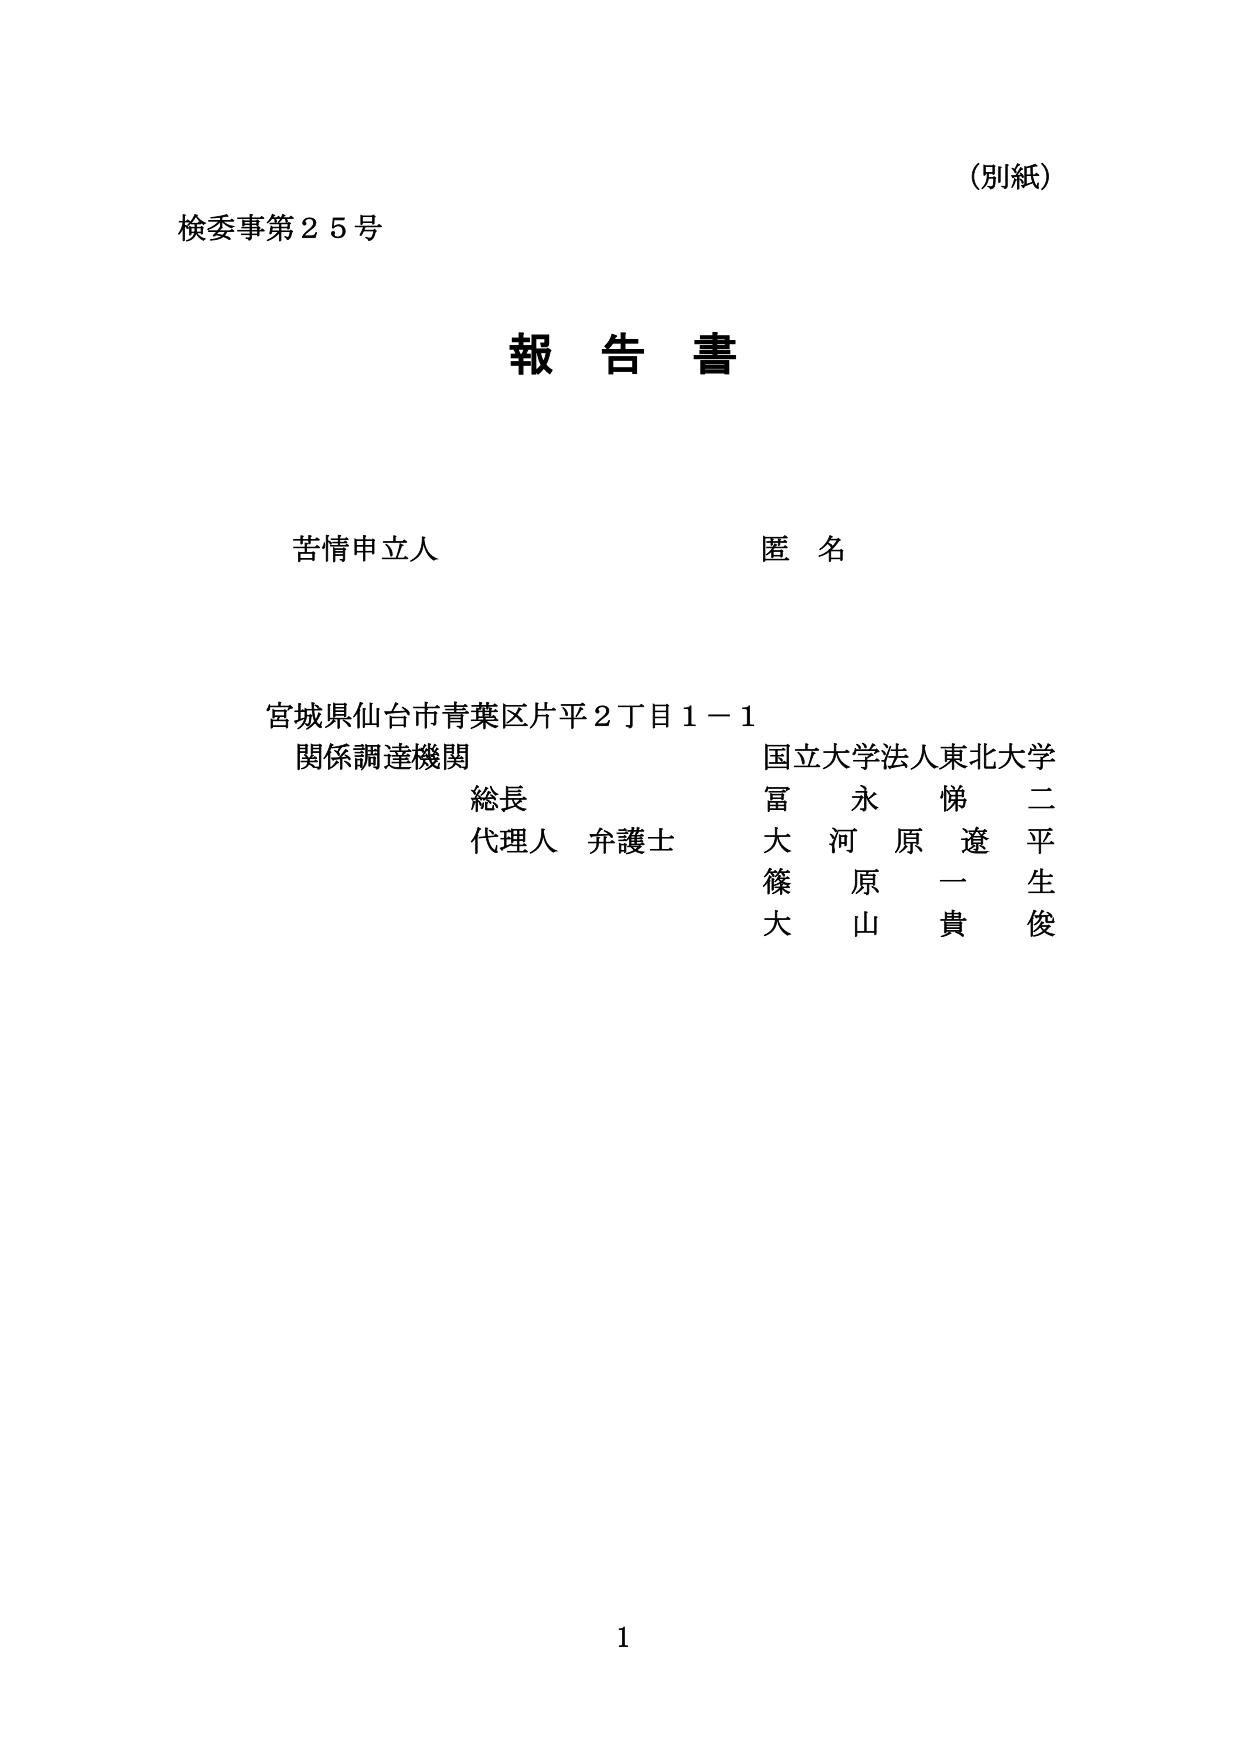
(別紙)
検委事第２５号

報告書

苦情申立人　　　　　　　　　匿名

宮城県仙台市青葉区片平２丁目１－１
関係調達機関　　　　　　　　国立大学法人東北大学
　　　　　　　　　　　　　　富　永　悌　二
　　　　　　　　　　　　　　大　河　原　遼　平
　　　　　　　　　　　　　　篠　原　一　生
　　　　　　　　　　　　　　大　山　貴　俊
　　　　　　　　　　　　　　総長
　　　　　　　　　　　　　　代理人 弁護士

1